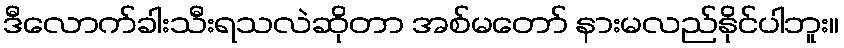
ဒီလောက်ခါးသီးရသလဲဆိုတာ အစ်မတော် နားမလည်နိုင်ပါဘူး။